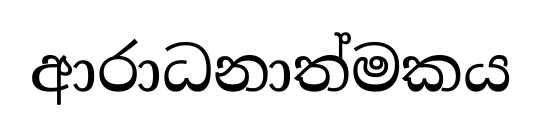
ආරාධනාත්මකය